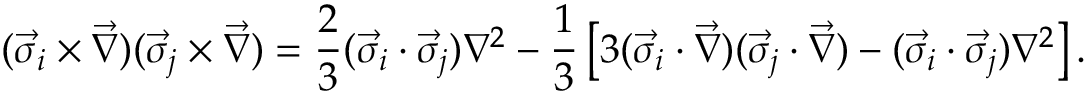
( \vec { \sigma } _ { i } \times \vec { \nabla } ) ( \vec { \sigma } _ { j } \times \vec { \nabla } ) = \frac { 2 } { 3 } ( \vec { \sigma } _ { i } \cdot \vec { \sigma } _ { j } ) \nabla ^ { 2 } - \frac { 1 } { 3 } \left[ 3 ( \vec { \sigma } _ { i } \cdot \vec { \nabla } ) ( \vec { \sigma } _ { j } \cdot \vec { \nabla } ) - ( \vec { \sigma } _ { i } \cdot \vec { \sigma } _ { j } ) \nabla ^ { 2 } \right] .